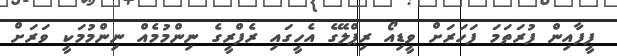
ފީފާއިން ފުރަތަމަ ފަހަރަށް ވީޑިއޯ ރިޕްލޭގެ އެހީގައި ރެފްރީގެ ނިންމުމެއް ނިންމުމަކީ ވަރަށް